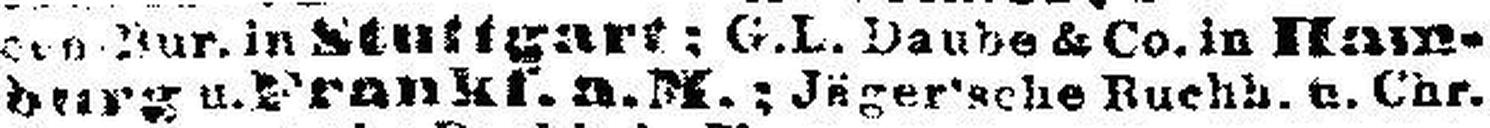
burg u. Frankf.a.M.; Jäger'sche Buchh. c. Chr¬